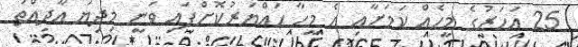
25 އަހަރުގެ މީހެއް ކަމަށާއި އެ މީހާ ހައްޔަރުކޮށްފައި ވަނީ މިދިޔަ އާދިއްތަ